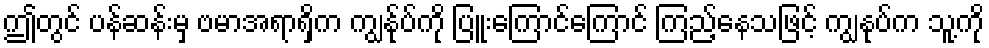
ဤတွင် ပန်ဆန်းမှ ဗမာအရာရှိက ကျွန်ုပ်ကို ပြူးကြောင်ကြောင် ကြည့်နေသဖြင့် ကျွနုပ်က သူ့ကို